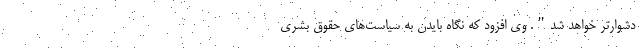
دشوارتر خواهد شد". وی افزود که نگاه بایدن به سیاست‌های حقوق بشری